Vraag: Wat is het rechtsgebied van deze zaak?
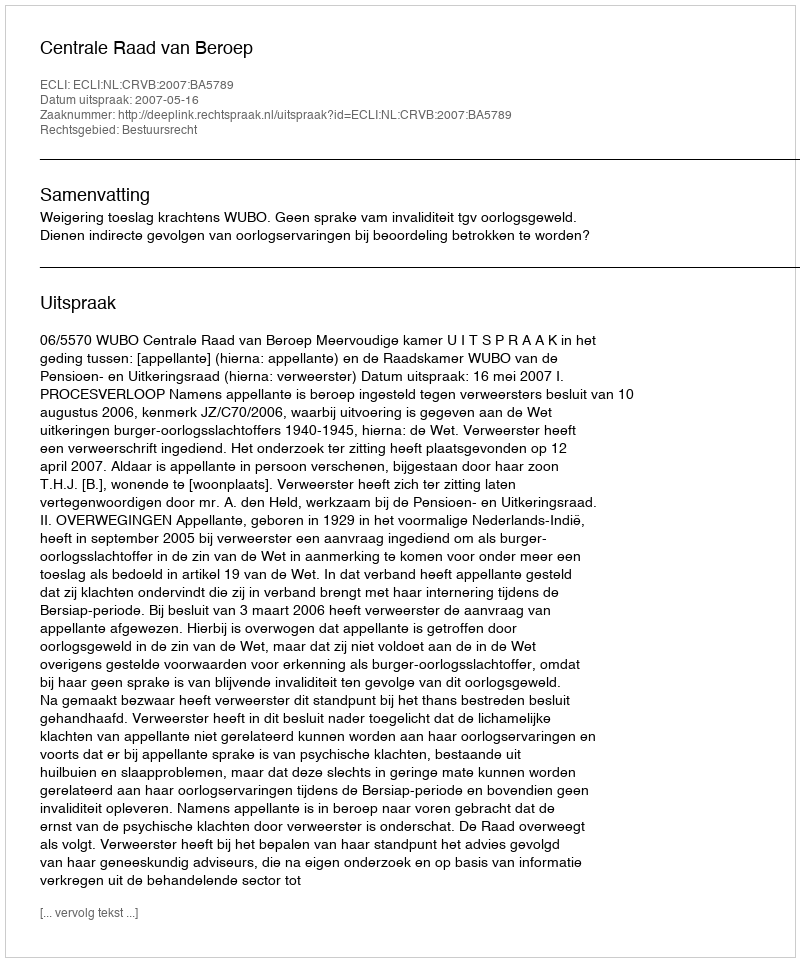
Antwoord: Bestuursrecht